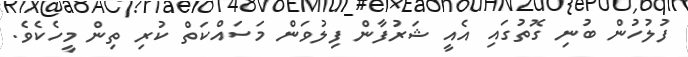
ފުލުހުން ބުނި ގޮތުގައި އެއީ ޝަރުފާން ފިލުވަން މަސައްކަތް ކުރި ތިން މީހެކެވެ.